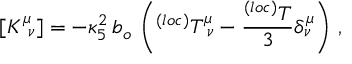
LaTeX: [ K _ { ~ \nu } ^ { \mu } ] = - \kappa _ { 5 } ^ { 2 } \, b _ { o } \, \left( ^ { ( l o c ) } T _ { ~ \nu } ^ { \mu } - \frac { ^ { ( l o c ) } T } { 3 } \delta _ { \nu } ^ { \mu } \right) \, ,